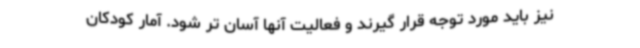
نیز باید مورد توجه قرار گیرند و فعالیت آنها آسان تر شود. آمار کودکان